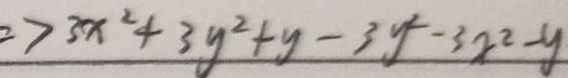
= > 3 x ^ { 2 } + 3 y ^ { 2 } + y - 3 y ^ { 2 } - 3 x ^ { 2 } - y